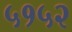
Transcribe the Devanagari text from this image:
५१५२